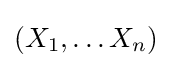
(X_{1},\dots X_{n})